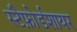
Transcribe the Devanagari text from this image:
स्टैफ़ोर्डशायर